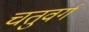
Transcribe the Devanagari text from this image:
चतुवर्ग